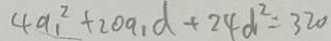
4 a _ { 1 } ^ { 2 } + 2 0 a _ { 1 } d + 2 4 d ^ { 2 } = 3 2 0